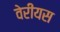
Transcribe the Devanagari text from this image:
वेरीयस